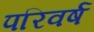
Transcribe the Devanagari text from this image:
परिवर्ष